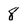
Character: 8